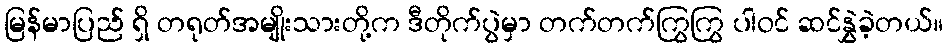
မြန်မာပြည် ရှိ တရုတ်အမျိုးသားတို့က ဒီတိုက်ပွဲမှာ တက်တက်ကြွကြွ ပါဝင် ဆင်နွှဲခဲ့တယ်။